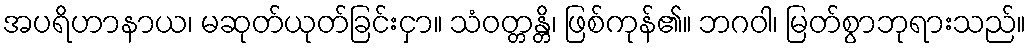
အပရိဟာနာယ၊ မဆုတ်ယုတ်ခြင်းငှာ။ သံဝတ္တန္တိ၊ ဖြစ်ကုန်၏။ ဘဂဝါ၊ မြတ်စွာဘုရားသည်။